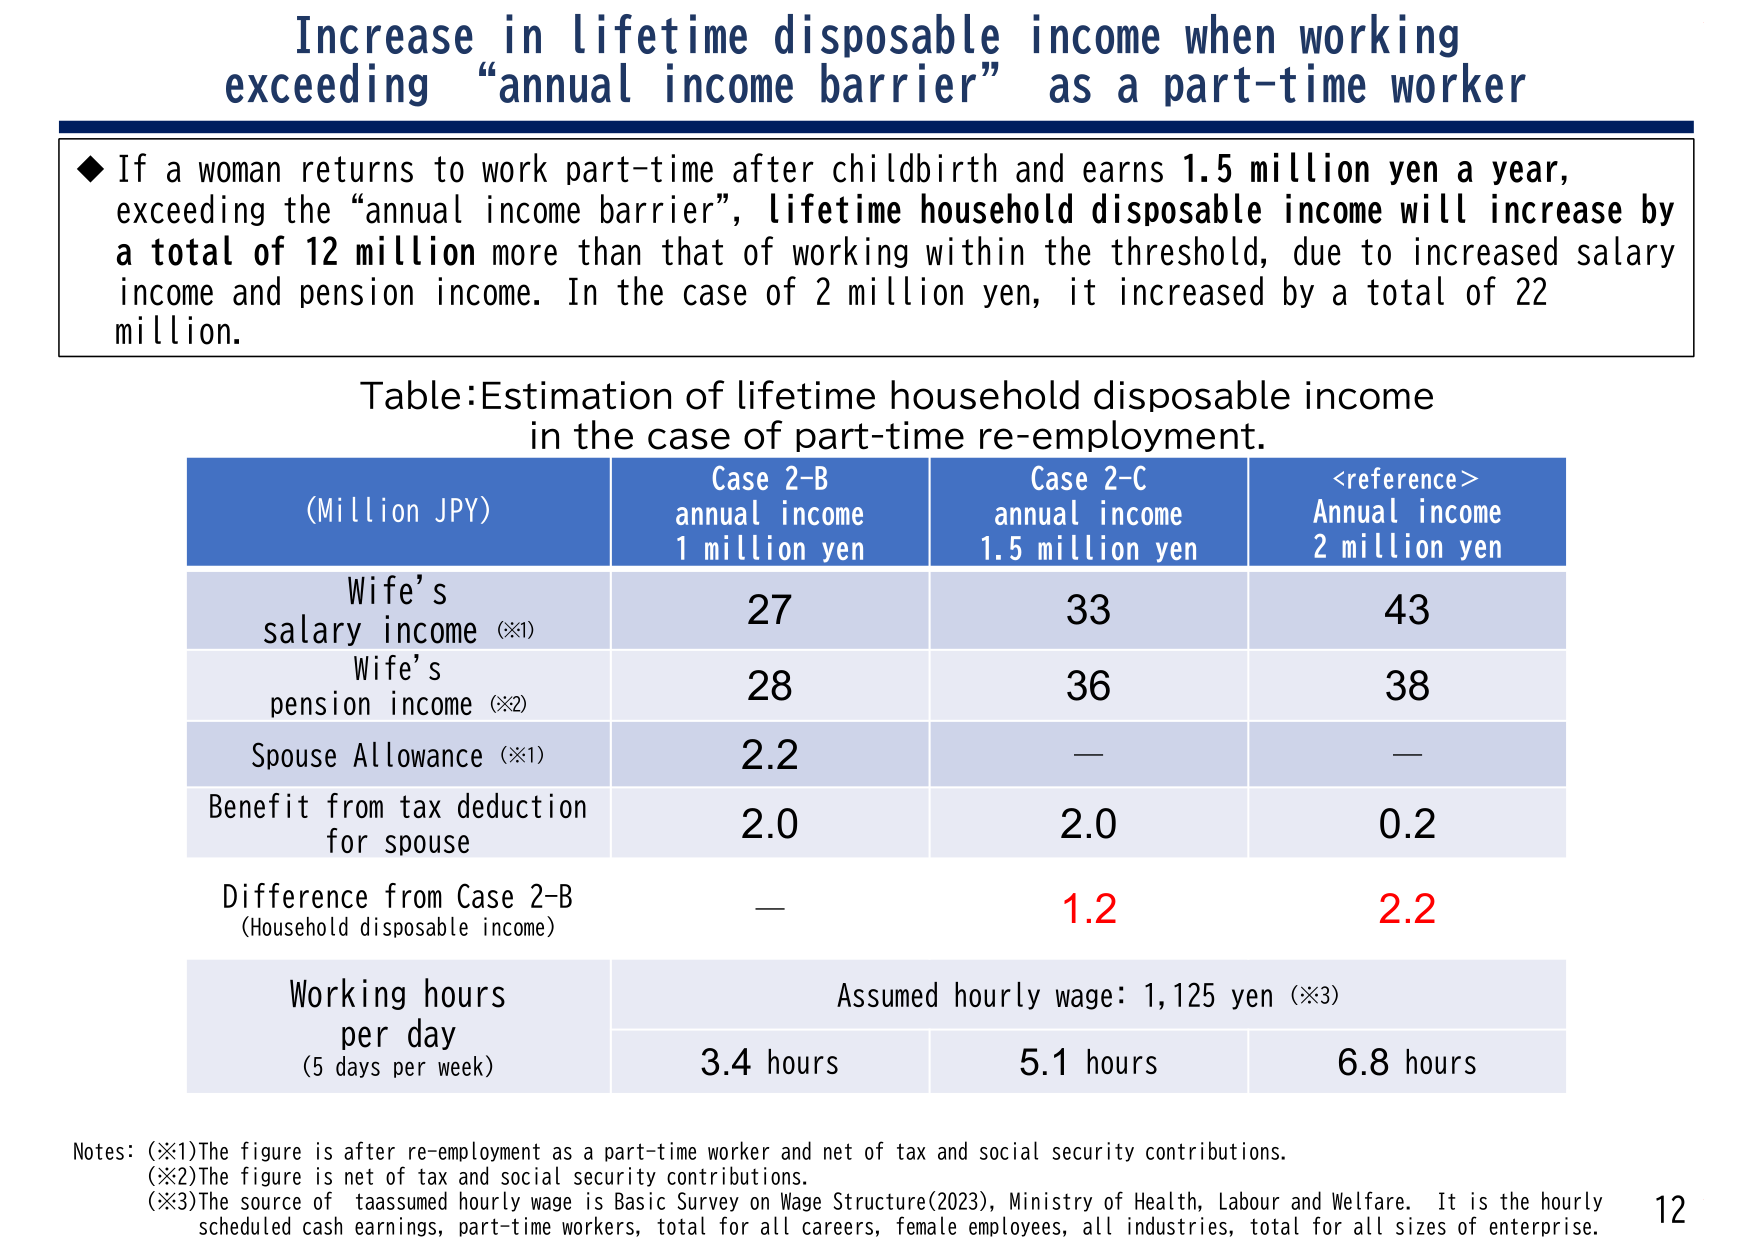
Increase in lifetime disposable income when working exceeding “annual income barrier” as a part-time worker

◆ If a woman returns to work part-time after childbirth and earns 1.5 million yen a year, exceeding the “annual income barrier”, lifetime household disposable income will increase by a total of 12 million more than that of working within the threshold, due to increased salary income and pension income. In the case of 2 million yen, it increased by a total of 22 million.

Table: Estimation of lifetime household disposable income in the case of part-time re-employment.

(Million JPY) | Case 2-B annual income 1 million yen | Case 2-C annual income 1.5 million yen | <reference> Annual income 2 million yen
--- | --- | --- | ---
Wife’s salary income (※1) | 27 | 33 | 43
Wife’s pension income (※2) | 28 | 36 | 38
Spouse Allowance (※1) | 2.2 | — | —
Benefit from tax deduction for spouse | 2.0 | 2.0 | 0.2
Difference from Case 2-B (Household disposable income) | — | 1.2 | 2.2
Working hours per day (5 days per week) | Assumed hourly wage: 1,125 yen (※3) | | |
 | 3.4 hours | 5.1 hours | 6.8 hours

Notes: (※1) The figure is after re-employment as a part-time worker and net of tax and social security contributions.
(※2) The figure is net of tax and social security contributions.
(※3) The source of assumed hourly wage is Basic Survey on Wage Structure(2023), Ministry of Health, Labour and Welfare. It is the hourly scheduled cash earnings, part-time workers, total for all careers, female employees, all industries, total for all sizes of enterprise.

12